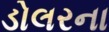
ડોલરના